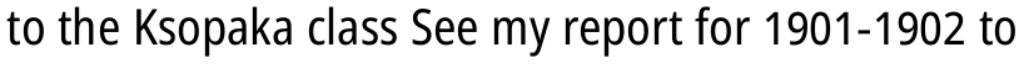
to the Ksopaka class See my report for 1901-1902 to